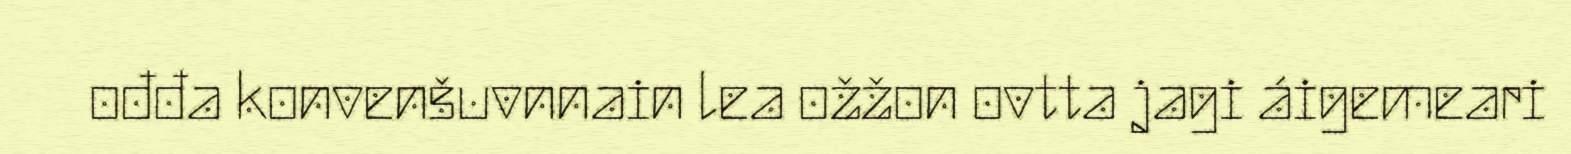
ođđa konvenšuvnnain lea ožžon ovtta jagi áigemeari